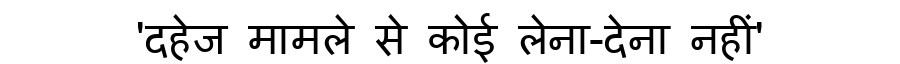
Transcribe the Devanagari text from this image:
'दहेज मामले से कोई लेना-देना नहीं'